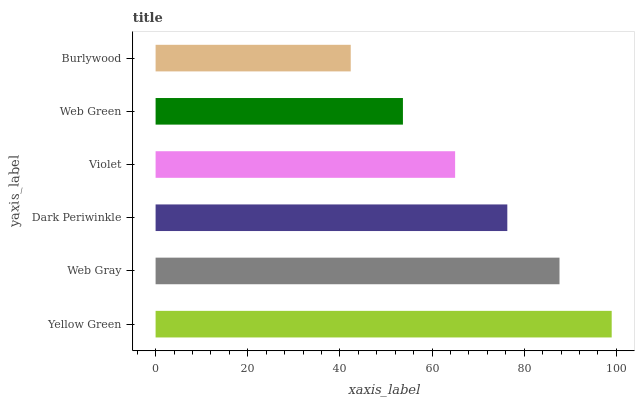
| yaxis_label | bars |
 | --- | --- |
 | Yellow Green | 99 |
 | Web Gray | 87.7 |
 | Dark Periwinkle | 76.3 |
 | Violet | 65 |
 | Web Green | 53.7 |
 | Burlywood | 42.4 |